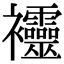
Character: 𧟙